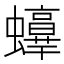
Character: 𧔫